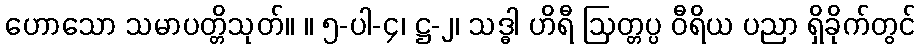
ဟောသော သမာပတ္တိသုတ်။ ။ ၅-ပါ-၄၊ ဋ္ဌ-၂၊ သဒ္ဓါ ဟိရီ ဩတ္တပ္ပ ဝီရိယ ပညာ ရှိခိုက်တွင်